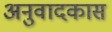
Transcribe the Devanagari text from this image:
अनुवादकास